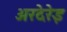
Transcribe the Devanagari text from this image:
अरदेरेइ